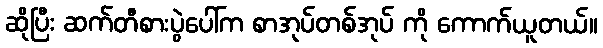
ဆိုပြီး ဆက်တီစားပွဲပေါ်က စာအုပ်တစ်အုပ် ကို ကောက်ယူတယ်။